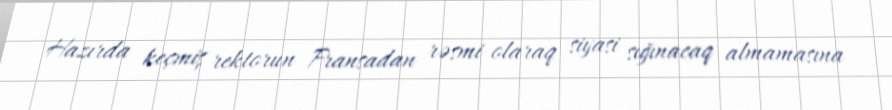
Hazırda keçmiş rektorun Fransadan rəsmi olaraq siyasi sığınacaq almamasına